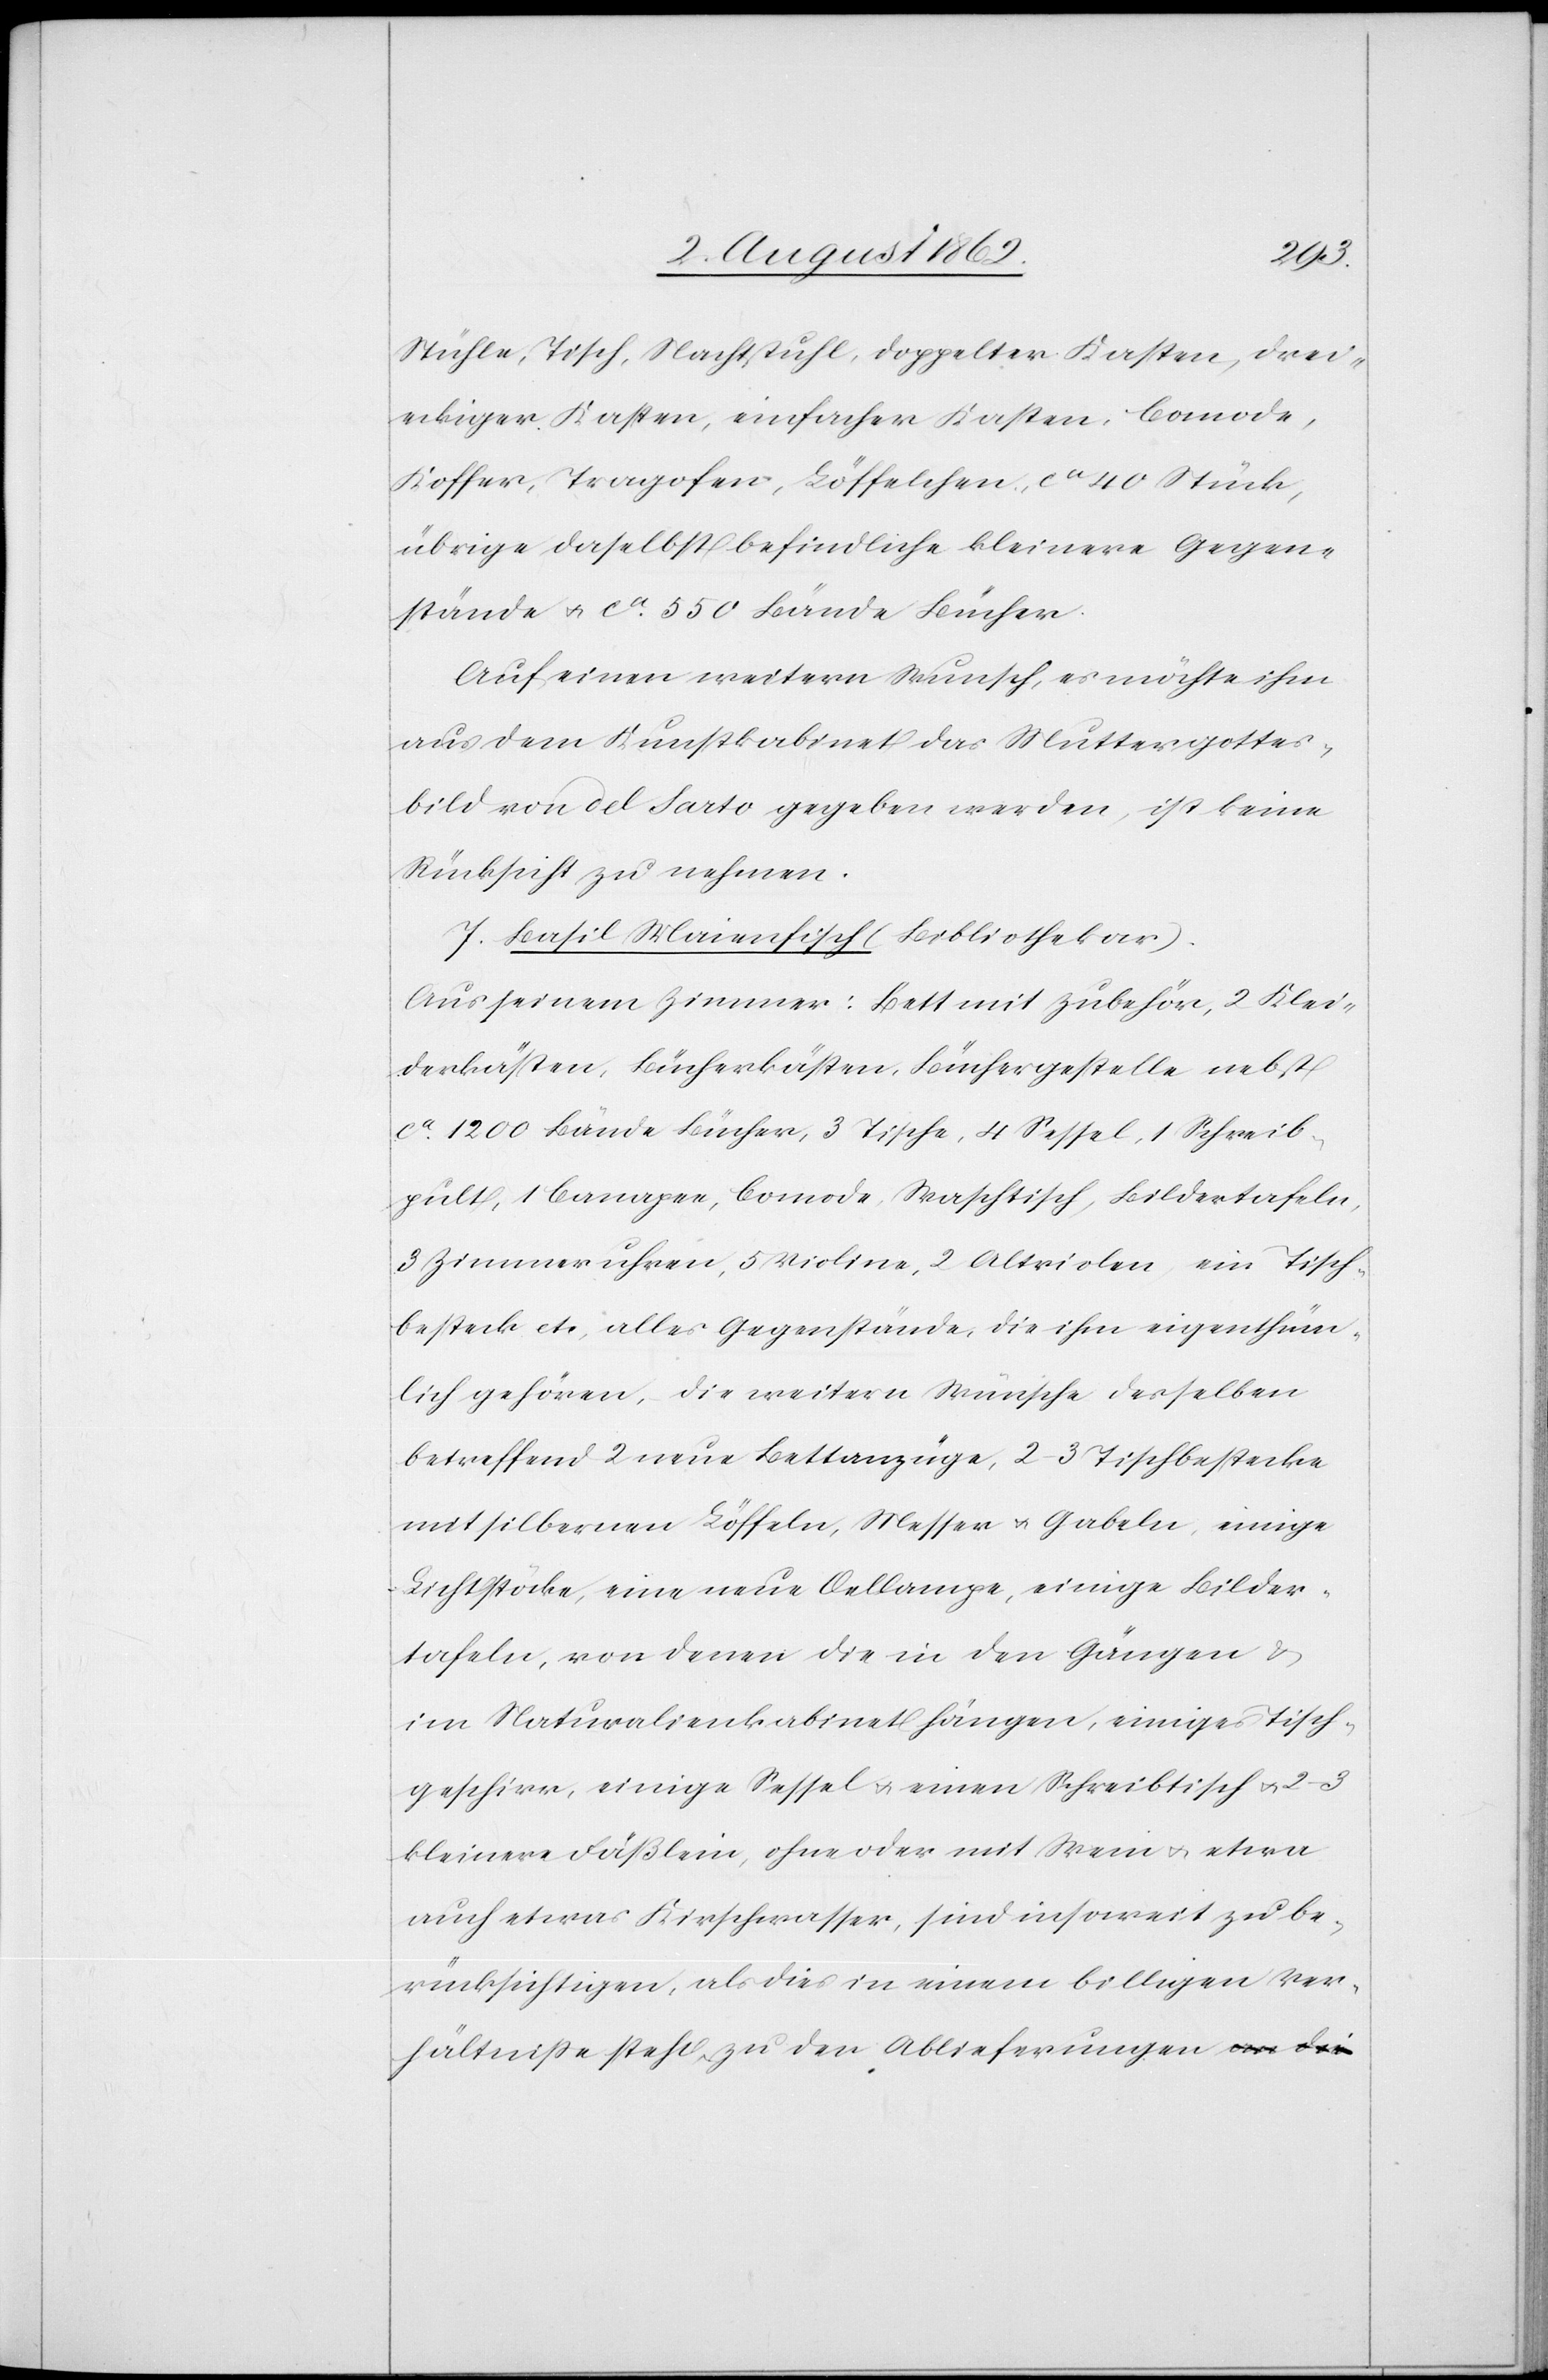
hältniße
Stühle, Tisch, Nachtstuhl, doppelter Kasten, drei¬
eckiger Kasten, einfacher Kasten, Comode,
Koffer, Tragofen, Löffelchen, ca 40 Stück,
übrige daselbst befindliche kleinere Gegen¬
stände u. ca 550 Bände Bücher.
Auf einen weitern Wunsch, es möchte ihm
aus dem Kunstkabinet das Muttergottes¬
bild von del Sarto gegeben werden, ist keine
Rücksicht zu nehmen.
7. Basil Maienfisch (Bibliothekar).
Aus seinem Zimmer: Bett mit Zubehör, 2 Klei¬
derkästen, Bücherkästen, Büchergestelle nebst
ca 1200 Bände Bücher, 3 Tische, 4 Sessel, 1 Schreib¬
tisch, 1 Canapee, Comode, Waschtisch, Bildertafeln,
3 Zimmeruhren, 5 Violine, 2 Altviolen, ein Tisch¬
besteck etc., alles Gegenstände, die ihm eigenthüm¬
lich gehören, die weitern Wünsche desselben
betreffend 2 neue Bettanzüge, 2–3 Tischbestecke
mit silbernen Löffeln, Messer u. Gabeln, einige
Lichtstöcke, eine neue Oellampe, einige Bilder¬
tafeln, von denen die in den Gängen u.
im Naturalienkabinet hängen, einiges Tisch¬
geschirr, einige Sessel u. einen Schreibtisch u. 2–3
kleinere Fäßlein, ohne oder mit Wein u. etwa
auch etwas Kirschwasser, sind insoweit zu be¬
rücksichtigen, als dies in einem billigen Ver¬